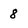
Character: 8